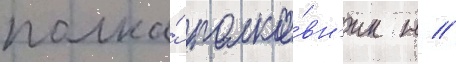
полка́ полко́вн'ик н //